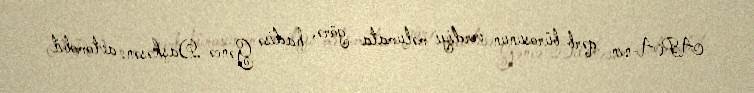
APA-nın qərb bürosunun verdiyi məlumata görə, hadisə Gəncə-Daşkəsən avtomobil